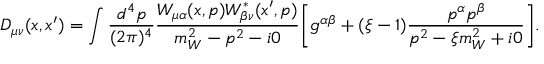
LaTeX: D _ { \mu \nu } ( x , x ^ { \prime } ) = \int \frac { d ^ { 4 } p } { ( 2 \pi ) ^ { 4 } } \frac { W _ { \mu \alpha } ( x , p ) W _ { \beta \nu } ^ { * } ( x ^ { \prime } , p ) } { m _ { W } ^ { 2 } - p ^ { 2 } - i 0 } \biggl [ g ^ { \alpha \beta } + ( \xi - 1 ) \frac { p ^ { \alpha } p ^ { \beta } } { p ^ { 2 } - \xi m _ { W } ^ { 2 } + i 0 } \biggr ] .